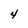
Character: 4